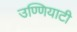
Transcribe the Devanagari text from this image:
उण्णियाटी